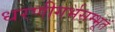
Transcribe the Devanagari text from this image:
धरणीगर्भसम्भूतं